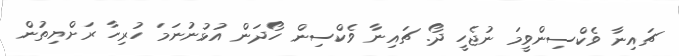
ޗައިނާ ވެކްސިންވީމަ ނުޖެހީ ދޯ. ޗައިނާ ވެކްސިން ހޯދަން އުޅުނުނަމަ ހުރިހާ ރަށްޔިތުން